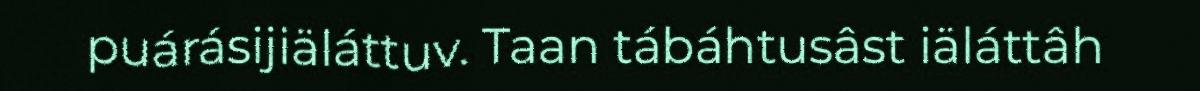
puárásijiäláttuv. Taan tábáhtusâst iäláttâh